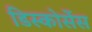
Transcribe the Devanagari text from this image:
डिस्कोर्सेस